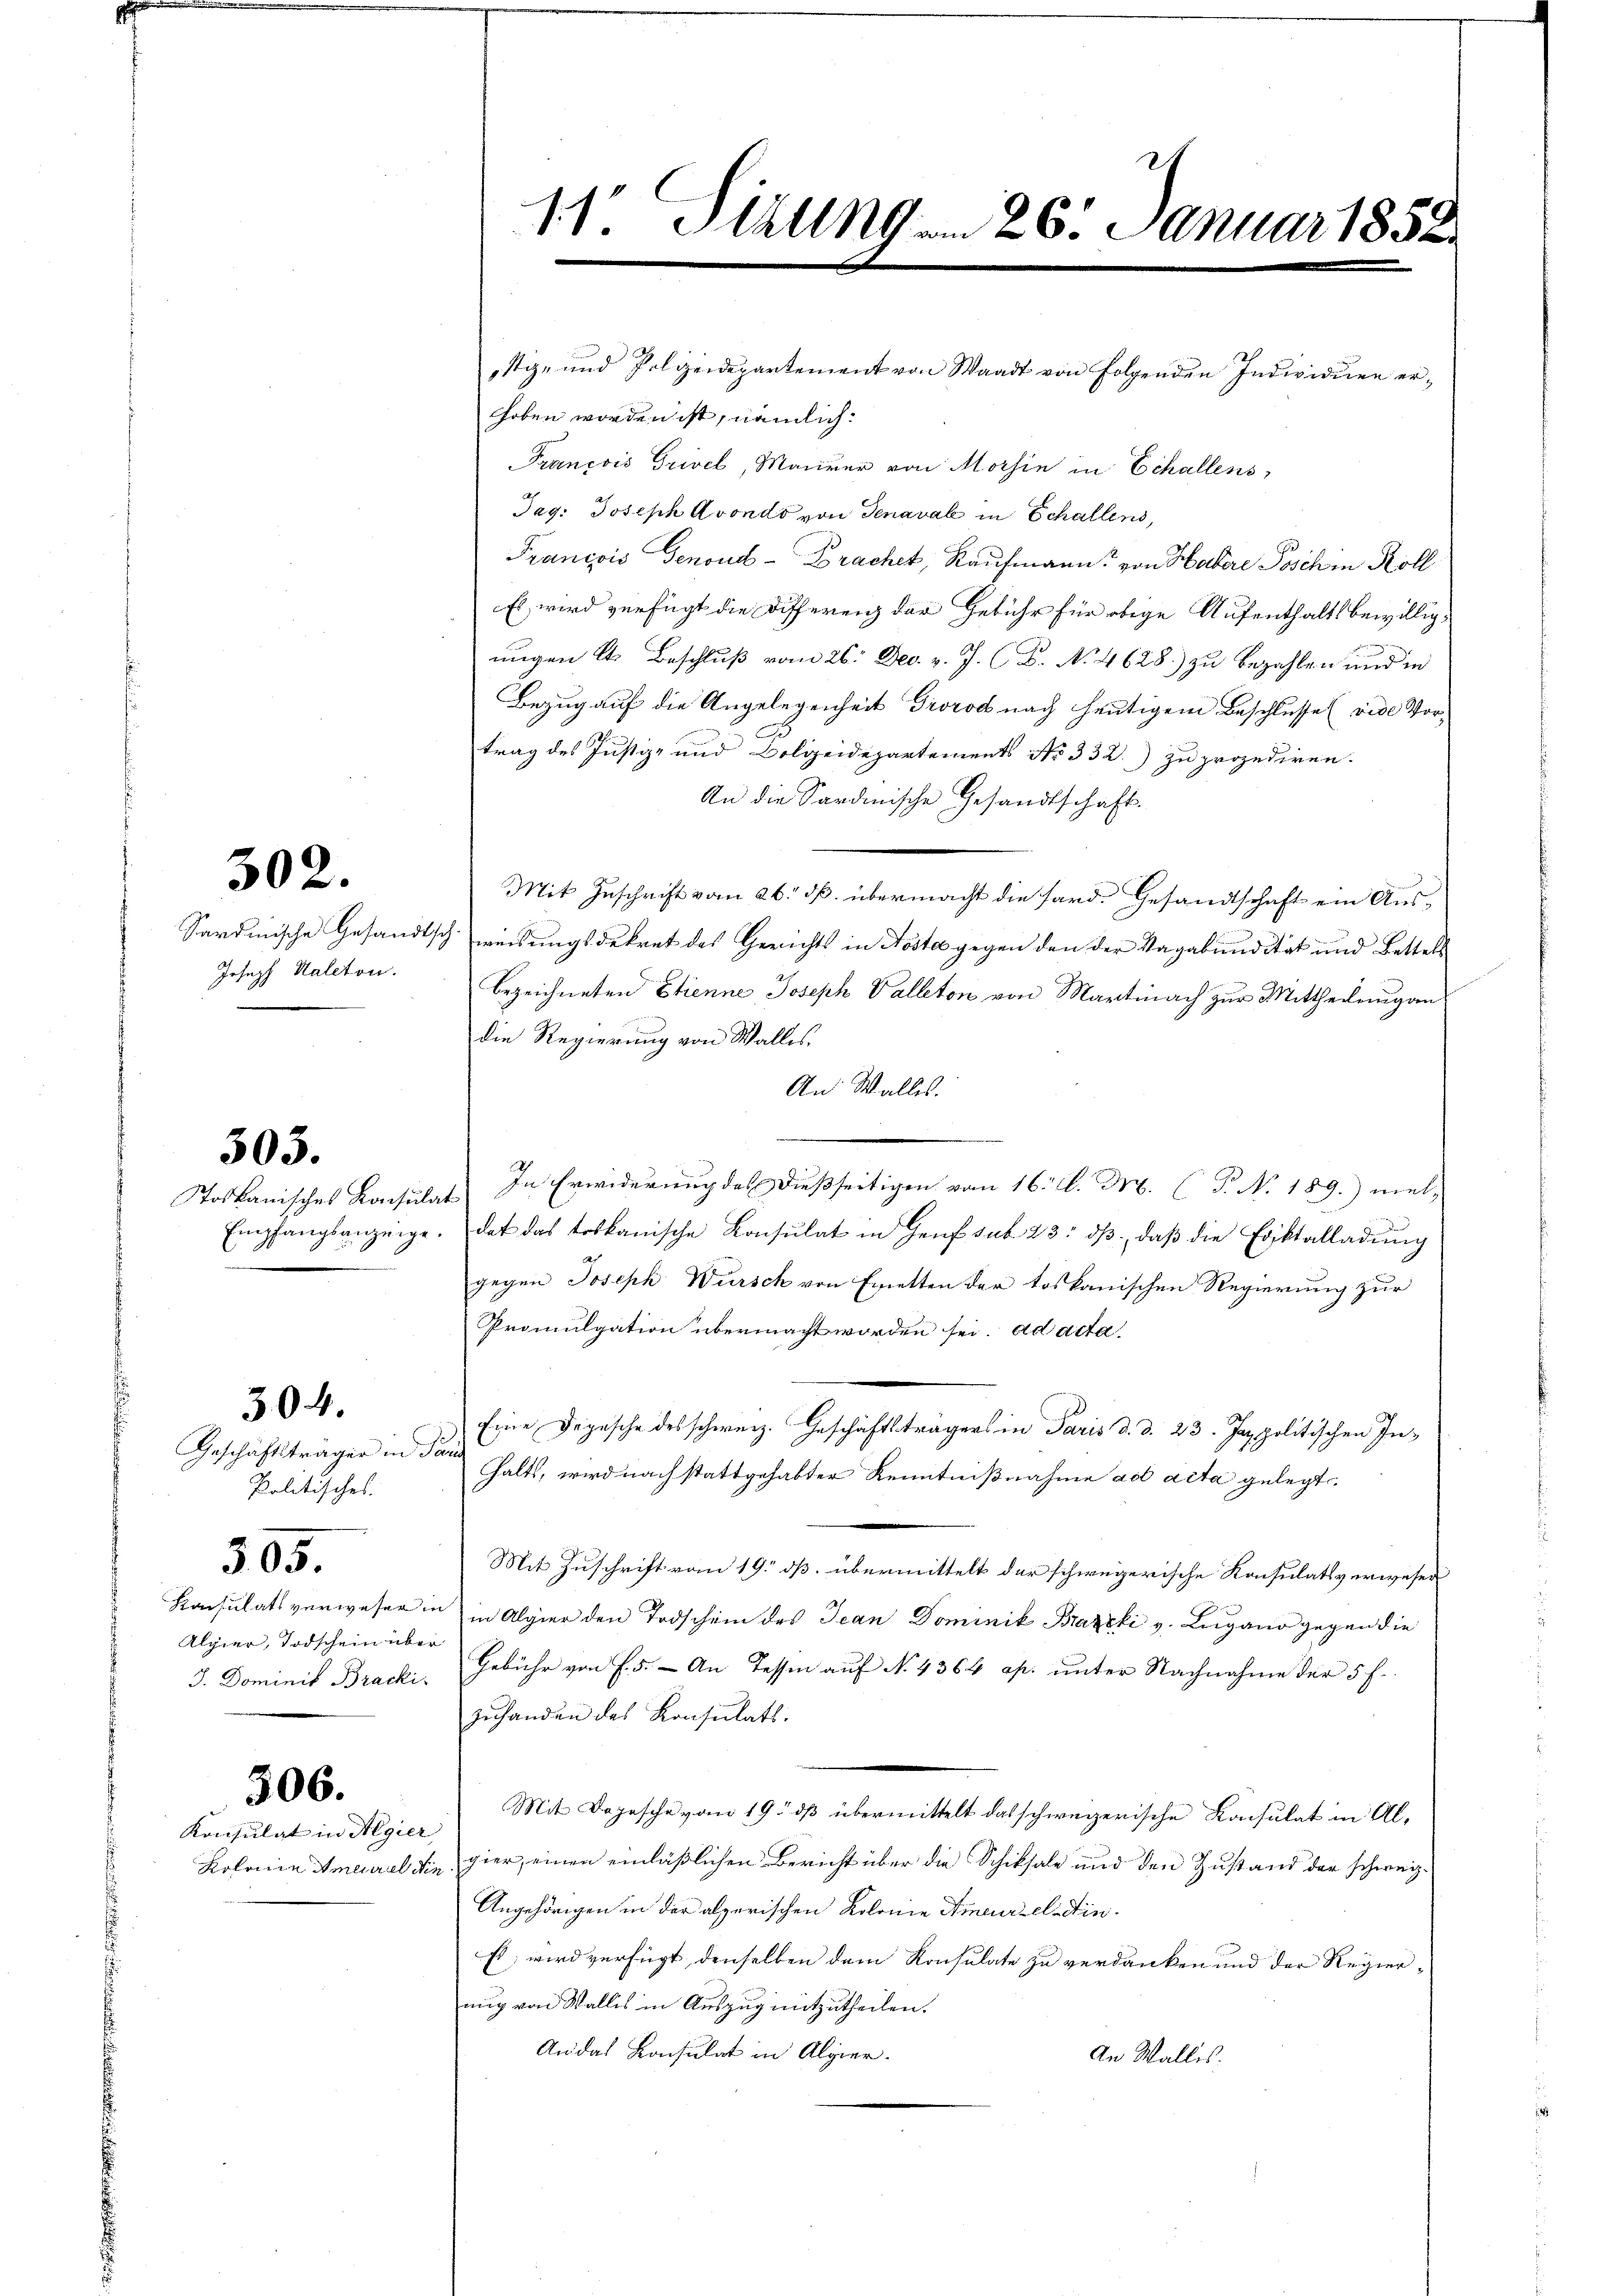
302.

Joseph Kaleton.

505.

Geschäftsträger in Par
Politisches.
305.
Konsulats verwesen.
Alpier, Todschein übe
J. Dominik Bracki

304.

Konsulat in Regier

506.

stiz- und Polizeidepartement von Waadt von Folgenden Individuen erhoben worden ist, nämlich:
François Grivel, Maurer von Morhin in Echallens,
Jag: Joseph Avondo von Genaval in Schallens,
Francois Genouds-Brachet, Kaufmann von Hadere Posch in Koll
Es wird verfügt die Differenz der Gebühr für obige Aufenthaltsbewillig¬
F
ungen lt. Beschluß vom 26. Dec. v. J. B. No. 4628.) zu bezahlen und in
Bezug auf die Angelegenheit Trorod nach heutigem Beschlusse (vide Vortrag des Justiz- und Bolzeidepartements No 332.) zu prozediren.
An die Sardinische Gesandtschaft.
Mit Zuschrift vom 26. ds. übermacht die Sard. Gesandtschaft ein Aus¬
Sardinische Gesandtschweisungsdekret des Gerichts in Nosta gegen den der Vagabundität und Bettels
bezeichneten Etienne Joseph Valleton von Martinach zur Mittheilung an
die Regierung von Walles,
An Walles.
Toskanisches Konsulat In Erwiderung des dießseitigen vom 16. d. M. (T. No. 189. mel-
Empfangsanzeige. Das das toskanische Consulat in Genf sub. 23. dβ daβ die Eriktalladŭng
gegen Joseph Wursch von Exetten der toskanischen Regierung zur
Promulgation übermacht worden sei. ad acta
Eine Depesche des schweiz. Geschäftsträgers in Paris d. d. 23. Ja politischen Inhalts, wird nach stattgehabter Kenntnißnahme ad acta gelegt.
Mit Zuschrift vom 19. ds. übermittelt der schweizerische Konsulatsverwesen
die in Algier den Todschein des Jean Dominik Braxzki v. Lugano gegen die
n
Gebühr von f. 5. - An Tessin auf No 4364 ap. unter Nachnahme der 5 f.
zŭhanden des Konsulats.
Mit Depesche vom 19. dß übermittelt das schweizerische Konsulat in Al¬
Kolonie Ameurel die hier, einen einläßlichen Bericht über die Schiksale und den Zustand der schweiz¬
Angehörigen in der alzerischen Kolonie Ameurtel din-
Es; wird verfügt, denselben dem Konsulate zu verdanken und der Regier-
nug von Wallis in Auszug mitzutheilen.
An das Konsulat in Alpier.
An Wallis.

11. Stäling am 26. Januar 1858.